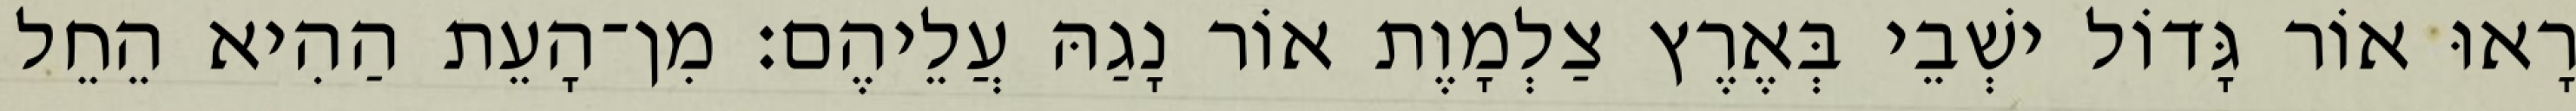
רָאוּ אוֹר גָּדוֹל ישְׁבֵי בְּאֶרֶץ צַלְמָוֶת אוֹר נָגַהּ עֲלֵיהֶם׃ מִן־הָעֵת הַהִיא הֵחֵל